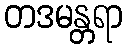
တဒမန္တရာ